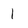
Character: 1